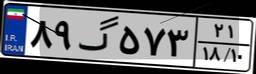
۸۹گ۵۷۳۲۱